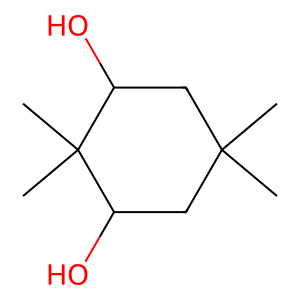
SMILES: CC1(C)CC(O)C(C)(C)C(O)C1
Inhibits HIV replication: No